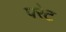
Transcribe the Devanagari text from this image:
परेट